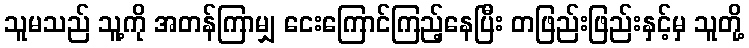
သူမသည် သူ့ကို အတန်ကြာမျှ ငေးကြောင်ကြည့်နေပြီး တဖြည်းဖြည်းနှင့်မှ သူတို့